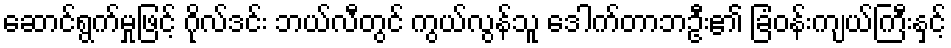
ဆောင်ရွက်မှုဖြင့် ဂိုလ်ဒင်း ဘယ်လီတွင် ကွယ်လွန်သူ ဒေါက်တာဘဦး၏ ခြံဝန်းကျယ်ကြီးနှင့်